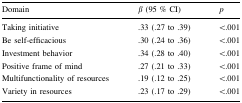
| Domain | β (95 % CI) | p |
 | --- | --- | --- |
 | Taking initiative | .33 (.27 to .39) | <.001 |
 | Be self-efficacious | .30 (.24 to .36) | <.001 |
 | Investment behavior | .34 (.28 to .40) | <.001 |
 | Positive frame of mind | .27 (.21 to .33) | <.001 |
 | Multifunctionality of resources | .19 (.12 to .25) | <.001 |
 | Variety in resources | .23 (.17 to .29) | <.001 |